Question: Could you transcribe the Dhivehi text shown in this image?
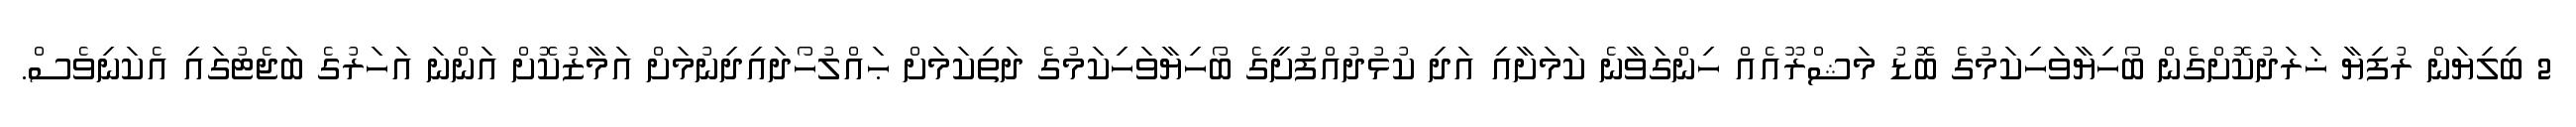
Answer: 2 ބިލިޔަން ރުފިޔާ ޚަރަދުކޮށްގެން ބޯހިޔާވަހިކަމުގެ ބޮޑު މަޝްރޫއެއް ހިންގަވާނެ ކަމަށާއި އަދި ކުޅުދުއްފުށީގެ ބޯހިޔާވަހިކަމުގެ ދަތިކަމަށް ޙައްލުހޯދައިދިނުމަށް އަމާޒުކޮށް އަންނަ އަހަރުގެ ބަޖެޓުގައި އެކަނިވެސް.